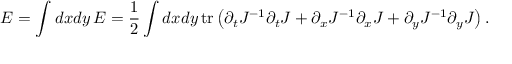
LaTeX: E = \int d x d y \, { \cal E } = \frac { 1 } { 2 } \int d x d y \, \mathrm { t r } \left( \partial _ { t } J ^ { - 1 } \partial _ { t } J + \partial _ { x } J ^ { - 1 } \partial _ { x } J + \partial _ { y } J ^ { - 1 } \partial _ { y } J \right) .